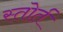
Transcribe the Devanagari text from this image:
स्तोर्त